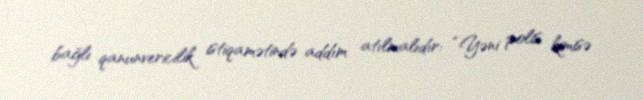
bağlı qanunvericilik istiqamətində addım atılmalıdır: “Yəni polis kimisə